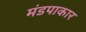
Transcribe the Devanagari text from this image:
मंडपाकार